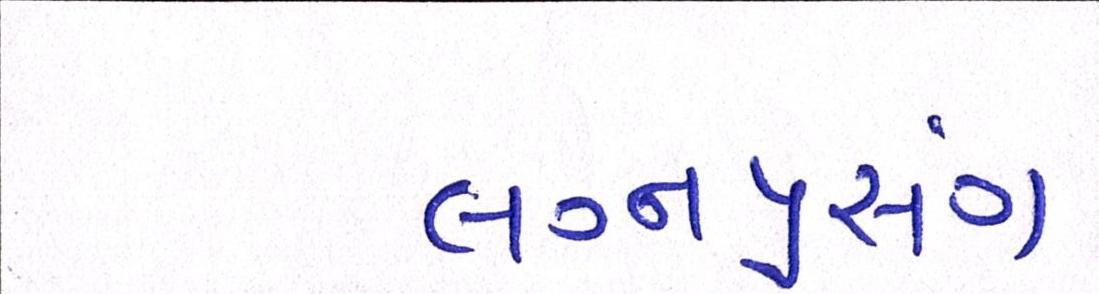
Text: લગ્નપ્રસંગ